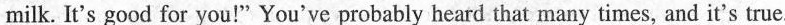
milk. It's good for you!"You've probably heard that many times, and it's true.